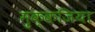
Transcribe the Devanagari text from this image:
मुक्कजिया